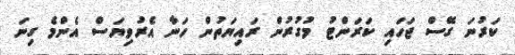
ކަރުނަ ގޭސް ޖަހައި ކަރަންޓު މުގުރުން ރައިޔަތުން ހަނާ އެރުވިޔަސް އެންމެ ގިނަ